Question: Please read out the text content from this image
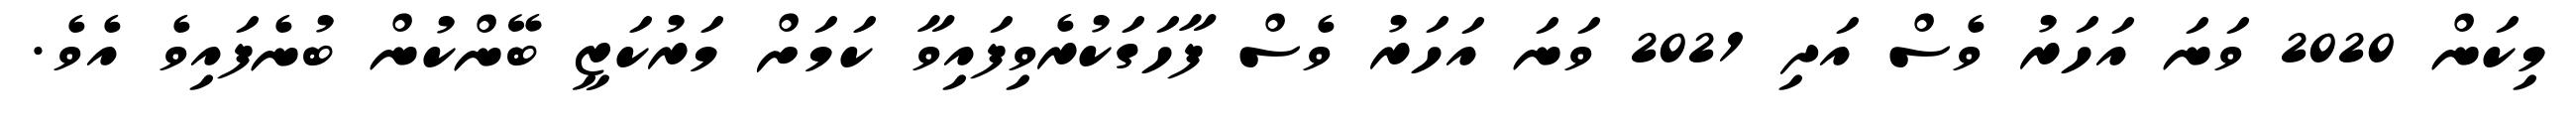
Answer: މިކަން 2020 ވަނަ އަހަރު ވެސް އަދި 2021 ވަނަ އަހަރު ވެސް ފާހަގަކުރެވިފައިވާ ކަމަށް މަރުކަޒީ ބޭންކުން ބުނެފައިވެ އެވެ.